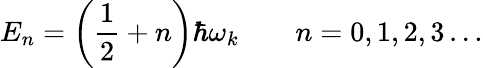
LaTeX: E_{n}=\left({\frac{1}{2}}+n\right)\hbar\omega_{k}\qquad n=0,1,2,3\ldots